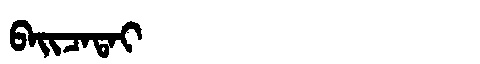
Manchu: ᠪᠠᡳᠴᠠᡨᠠᡳ
Romanization: BAICATAI